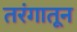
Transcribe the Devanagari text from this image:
तरंगातून